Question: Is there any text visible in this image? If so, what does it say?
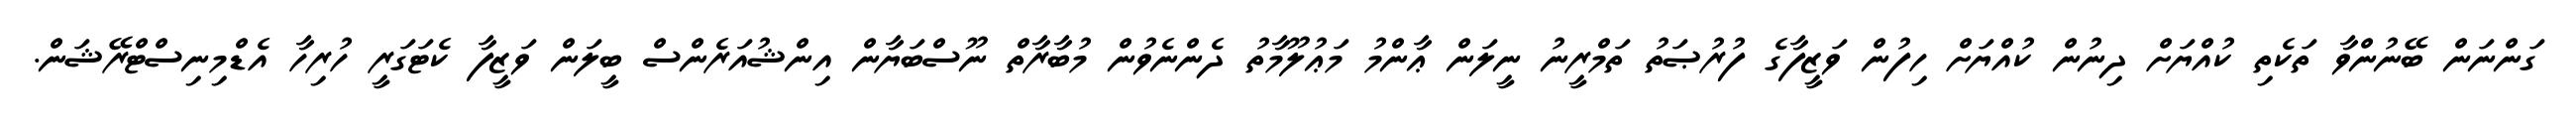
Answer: ގަންނަން ބޭނުންވާ ތަކެތި ކުއްޔަށް ދިނުން ކުއްޔަށް ހިފުން ވަޒީފާގެ ފުރުޞަތު ތަމްރީނު ނީލަން ޢާންމު މަޢުލޫމާތު ދެންނެވުން މުބާރާތް ނޫސްބަޔާން އިންޝުއަރެންސް ބީލަން ވަޒީފާ ކެޓަގަރީ ހުރިހާ އެޑްމިނިސްޓްރޭޝަން.